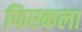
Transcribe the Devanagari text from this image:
फिरकला